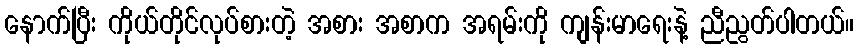
နောက်ပြီး ကိုယ်တိုင်လုပ်စားတဲ့ အစား အစာက အရမ်းကို ကျန်းမာရေးနဲ့ ညီညွတ်ပါတယ်။